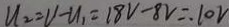
U _ { 2 } = u - u _ { 1 } = 1 8 v - 8 v = 1 0 V